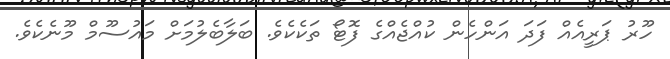
ހޫރު ޕަރީއެއް ފަދަ އަންހެން ކުއްޖެއްގެ ފޮޓޯ ތަކެކެވެ. ބަލާބެލުމަށް މައުސޫމް މޫނެކެވެ.